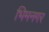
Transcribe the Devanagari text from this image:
भिमनगर